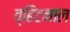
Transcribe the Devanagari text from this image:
व्हिटनाल